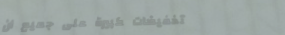
تخفيضات كبيرة على جميع أن